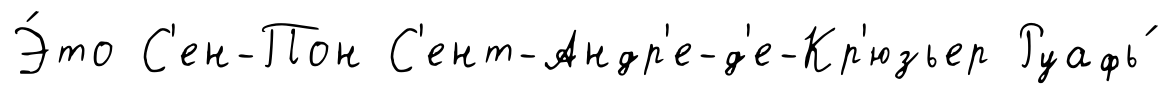
Э́то С'ен-Пон С'ент-Андр'е-д'е-Кр'юзьер Руафь́